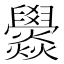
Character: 𤓟